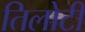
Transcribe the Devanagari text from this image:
तिलोटी